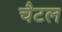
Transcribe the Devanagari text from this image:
चैटल